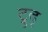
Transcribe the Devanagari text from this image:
ट्रुद्